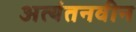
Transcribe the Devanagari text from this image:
अत्यंतनवीन